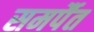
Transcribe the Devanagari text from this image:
समर्पैत